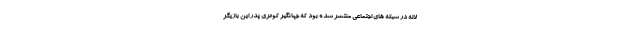
لاله در شبکه های اجتماعی منتشر شده بود که جهانگیر کوثری پدر این بازیگر